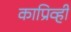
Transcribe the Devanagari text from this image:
काप्रिव्ही